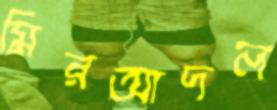
মিরআদল